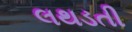
લથડતી